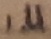
Text: 1µ